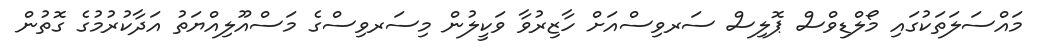
މައްސަލަތަކުގައި މޯލްޑިވްސް ޕޮލިސް ސަރވިސްއަށް ހާޒިރުވާ ވަކީލުން މިސަރވިސްގެ މަސްއޫލިއްޔަތު އަދާކުރުމުގެ ގޮތުން